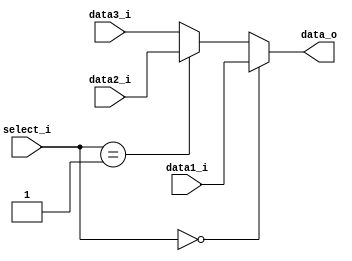
module MUX32v3(
	data1_i,
	data2_i,
	data3_i,
	select_i,
	data_o
);

input	[31:0]	data1_i,data2_i,data3_i;
input	[1:0]	select_i;
output 	[31:0]	data_o;

assign	data_o=(select_i==2'b00)? data1_i://00, no hazard
			   (select_i==2'b01)? data2_i://01, mem hazard
			   data3_i;//10, ex hazard
endmodule